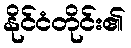
နိုင်ငံတိုင်း၏